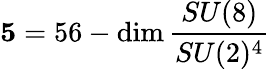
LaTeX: {\mathbf 5}=56-\mathrm{dim}\, \frac{SU(8)}{SU(2)^{4}}